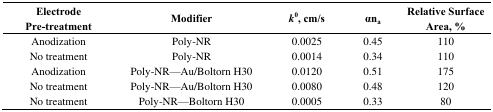
<table><thead><tr><td><b>Electrode Pre-treatment</b></td><td><b>Modifier</b></td><td><b><i>k</i><sup>0</sup>, cm/s</b></td><td><b>αn<sub>a</sub></b></td><td><b>Relative Surface Area, %</b></td></tr></thead><tbody><tr><td>Anodization</td><td>Poly-NR</td><td>0.0025</td><td>0.45</td><td>110</td></tr><tr><td>No treatment</td><td>Poly-NR</td><td>0.0014</td><td>0.34</td><td>110</td></tr><tr><td>Anodization</td><td>Poly-NR—Au/Boltorn H30</td><td>0.0120</td><td>0.51</td><td>175</td></tr><tr><td>No treatment</td><td>Poly-NR—Au/Boltorn H30</td><td>0.0080</td><td>0.48</td><td>120</td></tr><tr><td>No treatment</td><td>Poly-NR—Boltorn H30</td><td>0.0005</td><td>0.33</td><td>80</td></tr></tbody></table>